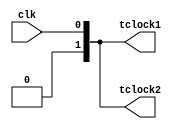
`timescale 1ns / 1ps
//////////////////////////////////////////////////////////////////////////////////
// Company: 
// Engineer: 
// 
// Design Name: 
// Module Name:    paddle_test 
// Project Name: 
// Target Devices: 
// Tool versions: 
// Description: 
//
// Dependencies: 
//
// Revision: 
// Revision 0.01 - File Created
// Additional Comments: 
//
//////////////////////////////////////////////////////////////////////////////////
module paddle_test(
		input clk,
		output reg[1:0] tclock1,
		output reg[1:0] tclock2
    );
	 
	 always @(clk)
	 begin
		tclock1[1] <= 0;
		tclock2[1] <= 0;
		tclock1[0] <= clk;
		tclock2[0] <= clk;
	 end
	 
	//assign tclock1[0] = 0;
	 //assign tclock1[1] = &counter;
	//assign tclock2[0] = 0;
	 //assign tclock2[1] = &counter;
endmodule